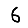
Digit: 6